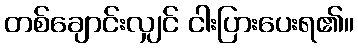
တစ်ချောင်းလျှင် ငါးပြားပေးရ၏။